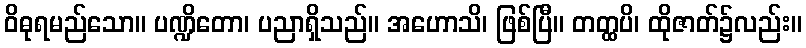
ဝိဓုရမည်သော။ ပဏ္ဍိတော၊ ပညာရှိသည်။ အဟောသိ၊ ဖြစ်ပြီ။ တတ္ထပိ၊ ထိုဇာတ်၌လည်း။